Indian Civil Veterinary Department memoirs
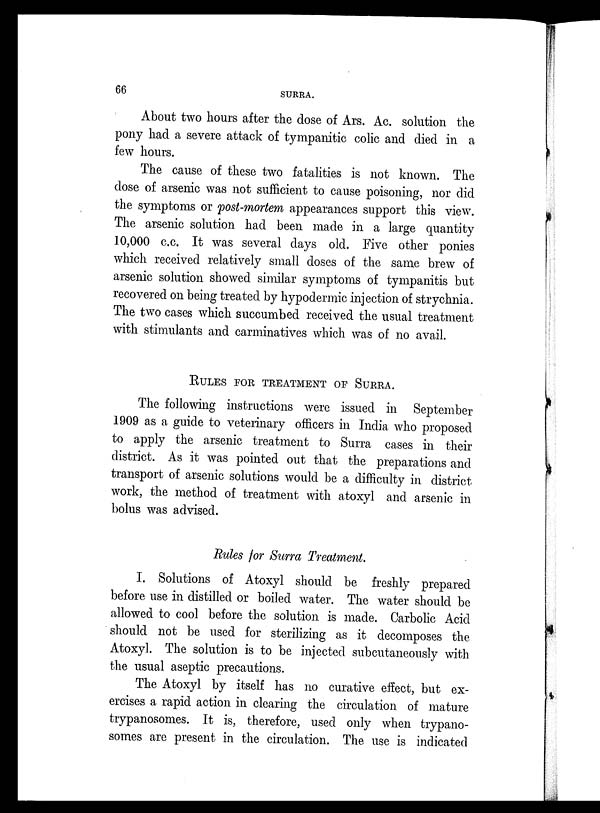
66
SURRA.
About two hours after the dose of Ars. Ac. solution the
pony had a severe attack of tympanitic colic and died in a
few hours.
The cause of these two fatalities is not known. The
dose of arsenic was not sufficient to cause poisoning, nor did
the symptoms or post-mortem appearances support this view.
The arsenic solution had been made in a large quantity
10,000 c.c. It was several days old. Five other ponies
which received relatively small doses of the same brew of
arsenic solution showed similar symptoms of tympanitis but
recovered on being treated by hypodermic injection of strychnia.
The two cases which succumbed received the usual treatment
with stimulants and carminatives which was of no avail.
RULES FOR TREATMENT OF SURRA.
The following instructions were issued in September
1909 as a guide to veterinary officers in India who proposed
to apply the arsenic treatment to Surra cases in their
district. As it was pointed out that the preparations and
transport of arsenic solutions would be a difficulty in district
work, the method of treatment with atoxyl and arsenic in
bolus was advised.
Rules for Surra Treatment.
I. Solutions of Atoxyl should be freshly prepared
before use in distilled or boiled water. The water should be
allowed to cool before the solution is made. Carbolic Acid
should not be used for sterilizing as it decomposes the
Atoxyl. The solution is to be injected subcutaneously with
the usual aseptic precautions.
The Atoxyl by itself has no curative effect, but ex-
ercises a rapid action in clearing the circulation of mature
trypanosomes. It is, therefore, used only when trypano-
somes are present in the circulation. The use is indicated